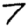
Digit: 7